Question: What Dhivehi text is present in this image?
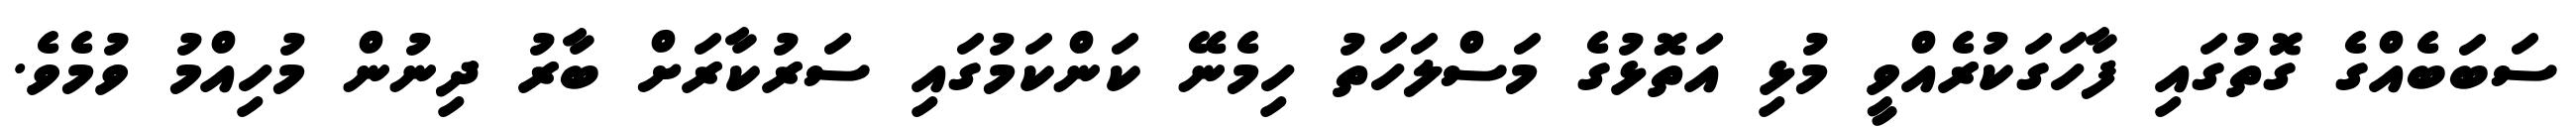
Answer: ސަބަބެއްގެ ގޮތުގައި ފާހަގަކުރެއްވީ މުޅި އަތޮޅުގެ މަސްލަހަތު ހިމެނޭ ކަންކަމުގައި ސަރުކާރަށް ބާރު ދިނުން މުހިއްމު ވުމެވެ.